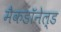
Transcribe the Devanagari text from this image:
मैकडॉनेल्ड